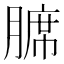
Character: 𫟊